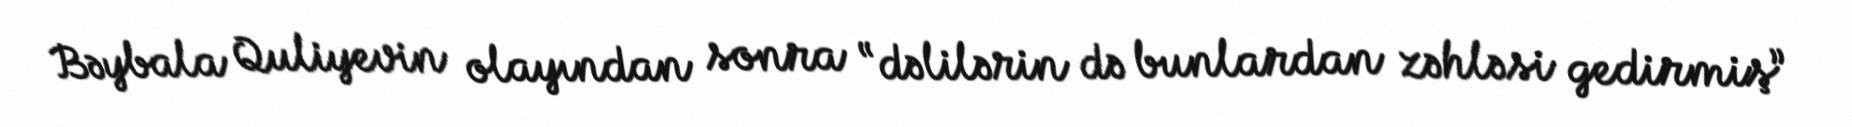
Bəybala Quliyevin olayından sonra “dəlilərin də bunlardan zəhləsi gedirmiş”